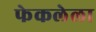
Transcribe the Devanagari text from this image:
फेकलेला